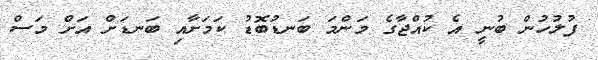
ފުލުހުން ބުނީ އެ ކުއްޖާގެ މަންމަ ބަނޑުބޮޑު ކަމަށާއި ބަނޑަށް އަށް މަސް